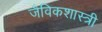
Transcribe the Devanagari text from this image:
जैविकशास्त्री